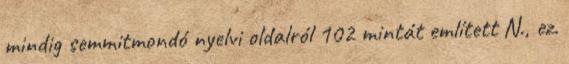
mindig semmitmondó nyelvi oldalról 102 mintát említett N., ez.